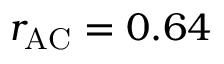
r _ { \mathrm { A C } } = 0 . 6 4